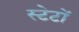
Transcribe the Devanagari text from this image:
स्टेटों